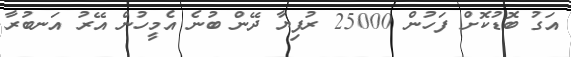
އަގު ބޮޑުކޮށް ފަހުން 25000 ރުފިޔާ ދޭން ބުނެ އެމީހުން އޭރު އަނބުރާ